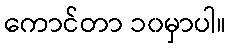
ကောင်တာ ၁၀မှာပါ။